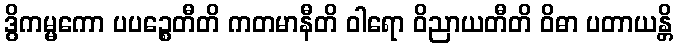
ဒွိကမ္မကော ပပဉ္စေတီတိ ကတမာနီတိ ဝါရော ဝိညာယတီတိ ဝိဓာ ပတာယန္တိ